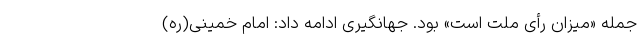
جمله «میزان رأی ملت است» بود. جهانگیری ادامه داد: امام خمینی(ره)